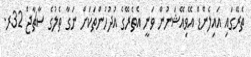
ތެރޭގައި އައިލެންޑް އޭވިއޭޝަނުން ވަނީ އެތެރޭގެ އުދުހުންތަކަށް ނަގާ ތެލުގެ ސާޗާޖް 32ރ.